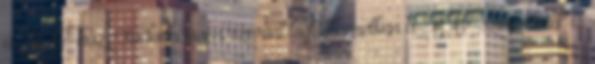
a MÁV-hoz. Tudomásom szerint legtöbb esetben a MÁV-szerveknek is